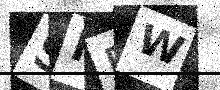
Text: SMFW